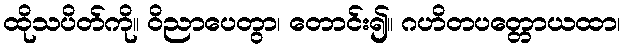
ထိုသပိတ်ကို။ ဝိညာပေတွာ၊ တောင်း၍။ ဂဟိတပတ္တောယထာ၊